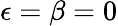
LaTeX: \epsilon=\beta=0